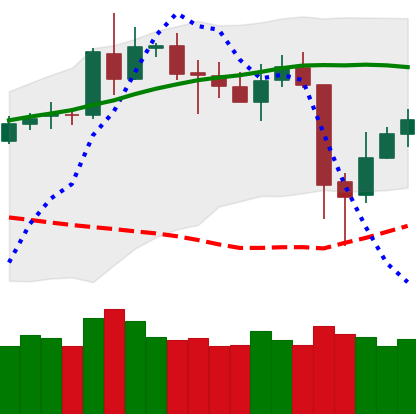
Ticker: BNB-USD
Chart end date: 2020-05-14
Forward return: 4.872%
Label: up_3_5